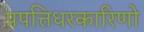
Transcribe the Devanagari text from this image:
प्रपत्तिधरकारिणो